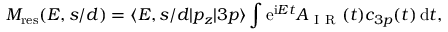
M _ { \mathrm { { r e s } } } ( E , s / d ) = \langle E , s / d | p _ { z } | 3 p \rangle \int \mathrm e ^ { \mathrm i E t } A _ { \mathrm { ~ I ~ R ~ } } ( t ) c _ { 3 p } ( t ) \, \mathrm d t ,